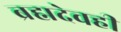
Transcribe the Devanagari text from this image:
ब्रह्मदेवही